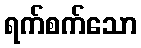
ရက်စက်သော